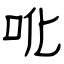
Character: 吪